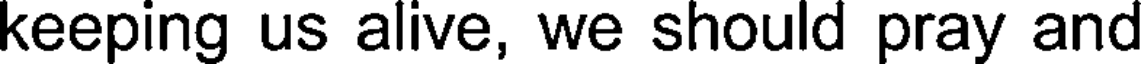
keeping us alive, we should pray and